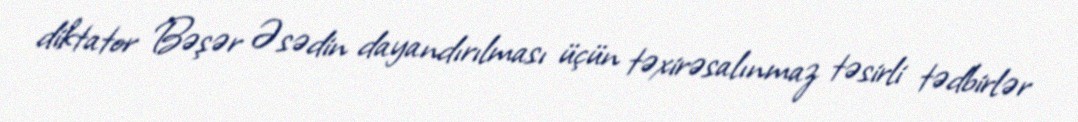
diktator Bəşər Əsədin dayandırılması üçün təxirəsalınmaz təsirli tədbirlər